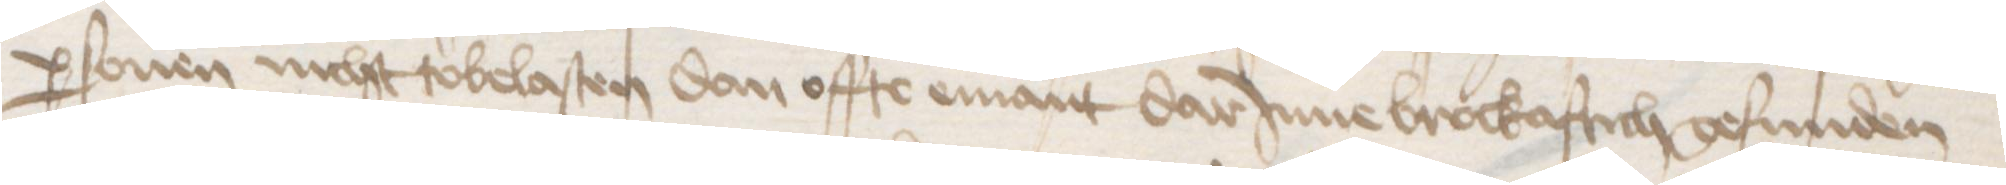
personen nicht tobelasten dan offte emant darJnne brockaftich gefunden